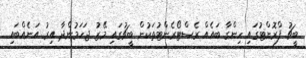
ބީޗު ފްރޮންޓުގައި ހިންގާ ބައެއް ރެސްޓޯރެންޓުތަކުން ބީޗުގައި މޭޒު ޖަހަމުންދާ އިރު އަނެއްބައި